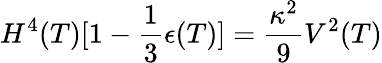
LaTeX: H^{4}(T)[1-\frac{1}{3}\epsilon(T)]=\frac{\kappa^{2}}{9}V^{2}(T)